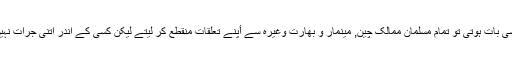
اگر ایسی بات ہوتی تو تمام مسلمان ممالک چین, مینمار و بھارت وغیرہ سے أپنے تعلقات منقطع کر لیتے لیکن کسى کے اندر اتنی جرات نہیں ہے۔